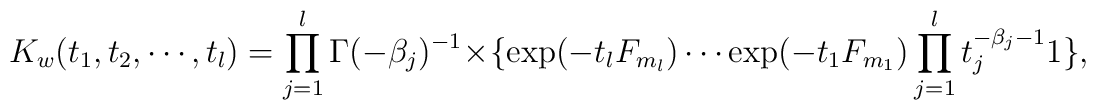
K_{w}(t_{1},t_{2},\cdots,t_{l})=\prod_{j=1}^{l}\Gamma(-\beta_{j})^{-1}\times\{\exp(-t_{l}F_{m_{l}}) \cdots\exp(-t_{1}F_{m_{1}})\prod_{j=1}^{l}t_{j}^{-\beta_{j}-1}1\},